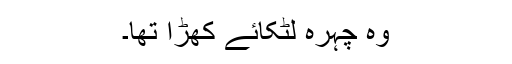
وہ چہرہ لٹکائے کھڑا تھا۔